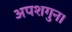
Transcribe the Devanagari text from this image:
अपशगुन।